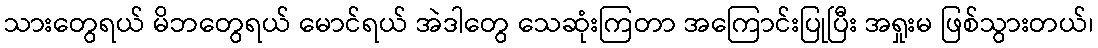
သားတွေရယ် မိဘတွေရယ် မောင်ရယ် အဲဒါတွေ သေဆုံးကြတာ အကြောင်းပြုပြီး အရှုးမ ဖြစ်သွားတယ်၊